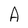
Character: A